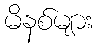
မိနစ်များ